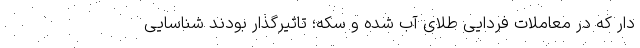
دار که در معاملات فردایی طلای آب شده و سکه؛ تاثیرگذار بودند شناسایی